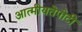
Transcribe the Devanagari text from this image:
आत्मीयतेपोटी